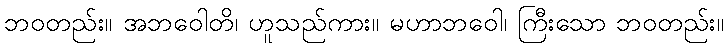
ဘဝတည်း။ အဘဝေါတိ၊ ဟူသည်ကား။ မဟာဘဝေါ၊ ကြီးသော ဘဝတည်း။